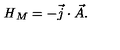
{ \it H } _ { M } = - \vec { j } \cdot \vec { A } .